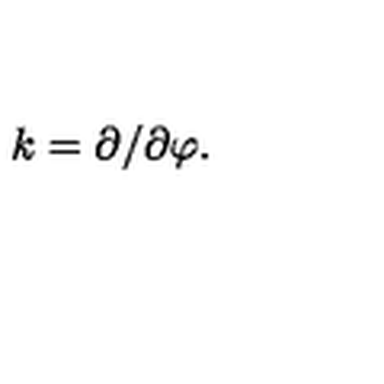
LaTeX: k = \partial / \partial \varphi .